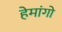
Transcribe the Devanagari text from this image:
हेमांगो